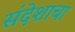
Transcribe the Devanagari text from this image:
संदेशाचा